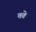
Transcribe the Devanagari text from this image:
तते